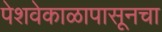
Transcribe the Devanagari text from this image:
पेशवेकाळापासूनचा